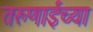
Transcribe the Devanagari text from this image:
तरुणाईच्या